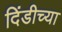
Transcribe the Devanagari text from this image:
दिंडीच्या